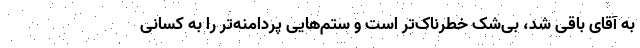
به آقای باقی شد، بی‌شک خطرناک‌تر است و ستم‌هایی پردامنه‌تر را به کسانی